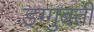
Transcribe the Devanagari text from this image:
डग्गुबती